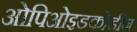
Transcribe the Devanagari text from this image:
ओपिओइडकोडीन